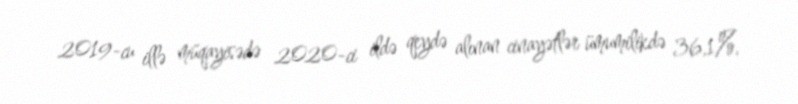
2019-cu illə müqayisədə 2020-ci ildə qeydə alınan cinayətlər ümumilikdə 36,1%,